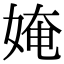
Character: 㛪